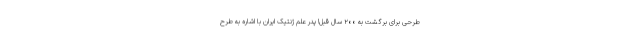
طرحی برای برگشت به ۲۰۰ سال قبل! پدر علم ژنتیک ایران با اشاره به طرح